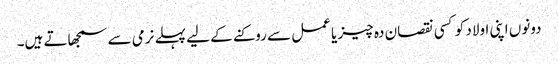
دونوں اپنی اولاد کو کسی نقصان دہ چیز یا عمل سے روکنے کے لیے پہلے نرمی سے سمجھاتے ہیں۔